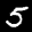
Label: 5